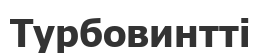
Турбовинтті